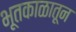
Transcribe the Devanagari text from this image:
भूतकाळातून